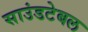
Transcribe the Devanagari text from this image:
साउंडटेबल